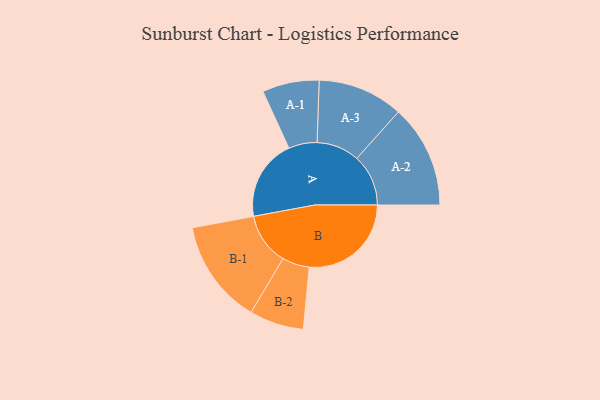
{"axis": {"x": "Segment", "y": "Value"}, "legend": ["", "A", "B"], "data": [{"x": "A", "y": 397, "type": ""}, {"x": "B", "y": 499, "type": ""}, {"x": "A-1", "y": 139, "type": "A"}, {"x": "A-2", "y": 252, "type": "A"}, {"x": "A-3", "y": 209, "type": "A"}, {"x": "B-1", "y": 255, "type": "B"}, {"x": "B-2", "y": 133, "type": "B"}]}